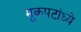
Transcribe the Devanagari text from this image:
मूकपटांध्ये